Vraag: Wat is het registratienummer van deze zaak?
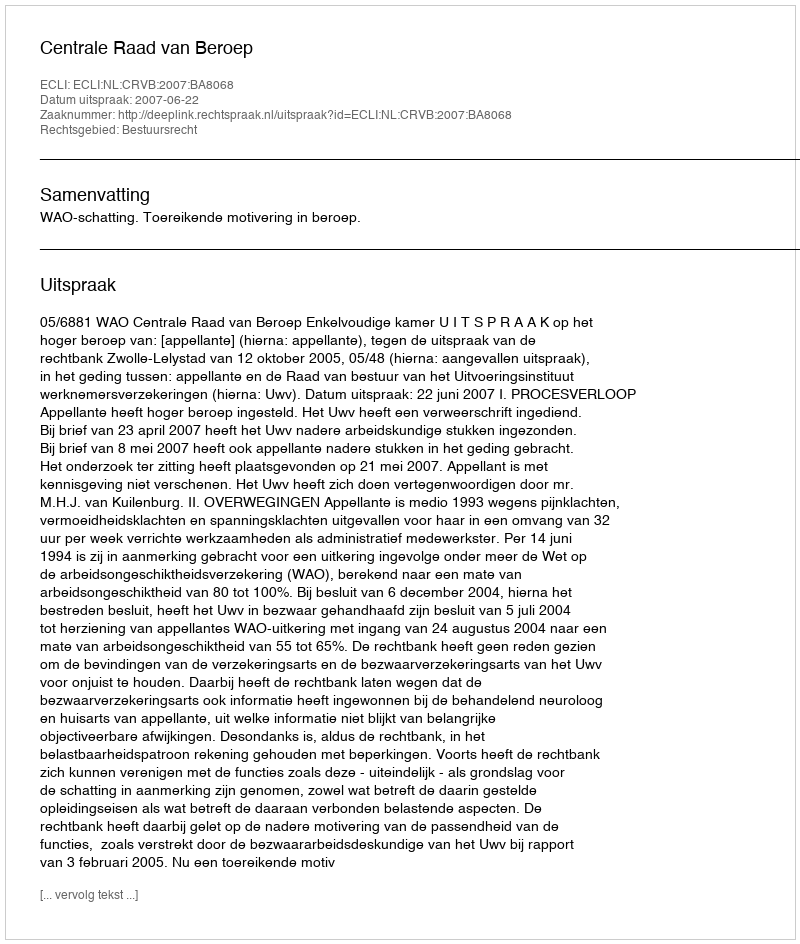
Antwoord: http://deeplink.rechtspraak.nl/uitspraak?id=ECLI:NL:CRVB:2007:BA8068